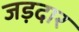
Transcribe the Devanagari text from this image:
जड़दार